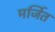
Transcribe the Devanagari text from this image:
मर्जित